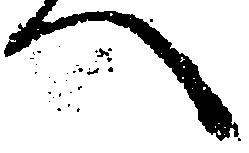
へ